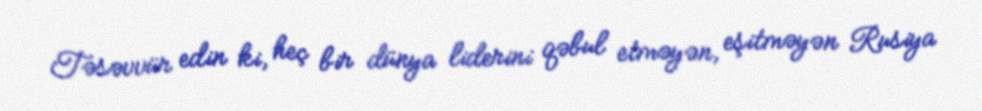
Təsəvvür edin ki, heç bir dünya liderini qəbul etməyən, eşitməyən Rusiya